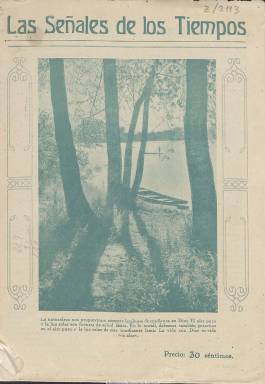
Título: Las Señales de los tiempos
Colección: Religión || Ciencias
Ámbito geográfico: Madrid
Lugar de publicación: Madrid
Fechas: 01/06/1931-31/12/1935

El título de esta publicación procede de la respuesta que Jesús ofrece en Mateo (16:3): “Sabéis discernir el aspecto del cielo, pero no podéis discernir las señales de los tiempos”, y que el fundador del movimiento religioso adventista (creyente en una segunda venida de Cristo), William Miller (1782-1849), ya había dado a la revista que empezó a editar en 1831 y que pronto alcanzaría una gran popularidad en Norteamérica. En España, el título aparecerá por vez primera en Reus, en 1906, tres años después de la llegada a Barcelona de los primeros misioneros adventistas, Frank Starr Bond (1876-1925) y su hermano, Walter Guy (1879-1914) y la mujer de este, Leola. La colección en la Biblioteca Nacional de España de este título publicado en Madrid comienza en el número seis, correspondiente a junio de 1931, con el subtítulo revista mensual, con entregas de dieciséis páginas, compuestas a dos columnas e ilustrada con fotografías y dibujos, y cuya numeración comienza cada año.

Su redactor será el suizo Roberto Gerber, que había llegado a Barcelona en 1916 para ocupar el cargo de Tesorero de la Misión Española adventista a la vez que administrador de su naciente Editorial Española. Una misión que, tras pertenecer a la Unión Latina adventista, en 1926, se integraría con la portuguesa para formar la Unión Ibérica, de la que Gerber será su presidente, al mismo tiempo que su casa editorial se trasladará de Barcelona a Madrid, adoptando también el nombre Las Señales de los Tiempos. Es por ello, que no se sabe con certeza en qué momento exacto debió empezar a publicarse este título editado en la capital de España.

Como publicación de la Iglesia Adventista del Séptimo Día (por su observancia sabática), en sus páginas se publicarán textos y comentarios a las Sagradas Escrituras o estudios proféticos; y como movimiento religioso que pone un gran énfasis en la alimentación y la salud, criticará la ingesta de productos tóxicos como el alcohol o el café, publicará artículos sobre prevención de enfermedades, vegetarianismo o un recetario de cocina, y dará cuenta de las más de cincuenta instituciones médicas, entre hospitales y sanatorios, que los adventistas ya tenían establecidas en todo el mundo.

Otros textos de la revista incidirán sobre moralidad; tendrá una sección dedicada a la mujer bajo el epígrafe “El hogar” y dedicará también atención a la educación infantil; pero asimismo se mostrarán en sus páginas sus preocupaciones hacia el belicismo y sus temores a la guerra y a la evolución del nazismo alemán. Insertará también algún texto contra el evolucionismo darwiniano, e, incluso, en su entrega de octubre de 1935, hará una mención elogiosa al pedagogo krausista español Manuel Bartolomé Cossío (1857-1935), bajo el epígrafe “La muerte de un santo laico”.

Entre las firmas de sus textos se encuentran las del propio Gerber, que suele publicar un artículo de fondo en su segunda página (la primera siempre suele estar ocupada por una fotografía y un pie de texto, generalmente, moralizante), así como las de otros autores adventistas, como J.R. Miller, Alfredo Vaucher, Arturo W. Spalding, Carlos F. Ulricht, E. F. Hackman o Eleanor Grandall Gates, y la de destacados pastores adventistas españoles, como son Salvador Moisés Iserte, José Boix, Julio Miñán o Carlos Comabella.

En 1933, la editorial La Señales de los Tiempos, difusora también de libros y folletos de este movimiento religioso, pasa de nuevo a denominarse Editorial Española. La última entrega de la colección de la revista corresponde a diciembre de 1935. En agosto de este año había perdido el artículo “El” de su título, y Berger dejará de aparecer como su redactor, coincidiendo con su nombramiento como director del Sanatorio de Gland, en Suiza. El pastor de origen argentino Óscar Antonio Succar, que había llegado a España en 1930, le sustituirá como redactor y le dará a los últimos números de la publicación su propia impronta. En abril de 1936, Succar será el redactor de una nueva revista que debió tirar tres o cuatro números bajo el título Salud y hogar. Como órgano de la Unión Ibérica de los Adventistas del Séptimo Día había sido también publicada, entre 1925 y 1935, Revista adventista ibérica. Para conocer la historia de este movimiento religioso en España y las peripecias de sus pastores desde 1903 hasta 2003, pasando por la guerra civil o la dictadura franquista, véase el trabajo publicado en 2004 por la revista Aula7, de la Asociación de Estudiantes y Graduados Universitarios Adventistas Españoles.